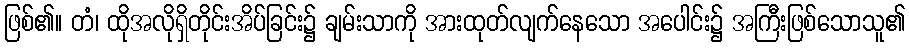
ဖြစ်၏။ တံ၊ ထိုအလိုရှိတိုင်းအိပ်ခြင်း၌ ချမ်းသာကို အားထုတ်လျက်နေသော အပေါင်း၌ အကြီးဖြစ်သောသူ၏